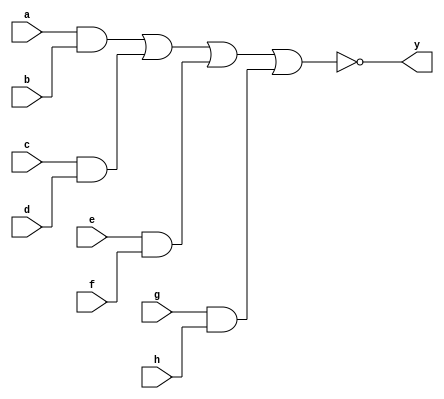
module sn74ls54(y, a, b, c, d, e, f, g, h);
input a, b, c, d, e, f, g, h;
output y;
wire a1, a2, a3, a4;
parameter
	// TI TTL data book Vol 1, 1985
	tPLH_min=0, tPLH_typ=12, tPLH_max=20,
	tPHL_min=0, tPHL_typ=12.5, tPHL_max=20;

	and(a1, a, b);
	and(a2, c, d);
	and(a3, e, f);
	and(a4, g, h);
	nor #(tPLH_min : tPLH_typ : tPLH_max,
	  tPHL_min : tPHL_typ : tPHL_max)
		(y, a1, a2, a3, a4);
endmodule